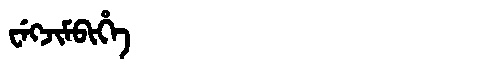
Manchu: ᠸᡝᡴᠵᡳᠮᠪᡳᡥᡝ
Romanization: WEKJIMBIHE